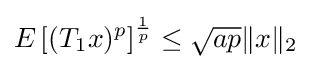
E\left[(T_{1}x)^{p}\right]^{\frac {1}{p}}\leq {\sqrt {ap}}\|x\|_{2}